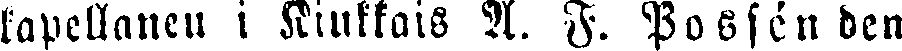
kapellanen i Riukkais A. F. Possén den